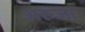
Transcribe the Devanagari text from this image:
अरुजा